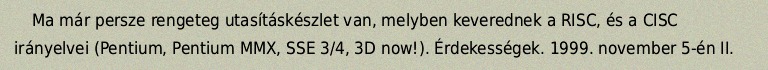
Ma már persze rengeteg utasításkészlet van, melyben keverednek a RISC, és a CISC irányelvei (Pentium, Pentium MMX, SSE 3/4, 3D now!). Érdekességek. 1999. november 5-én II.